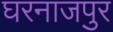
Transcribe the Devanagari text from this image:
घरनाजपुर